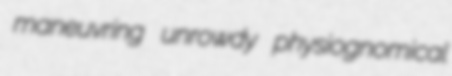
maneuvring unrowdy physiognomical